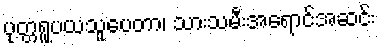
ပုတ္တရူပယသူပေတာ၊ သားသမီးအရောင်အဆင်း